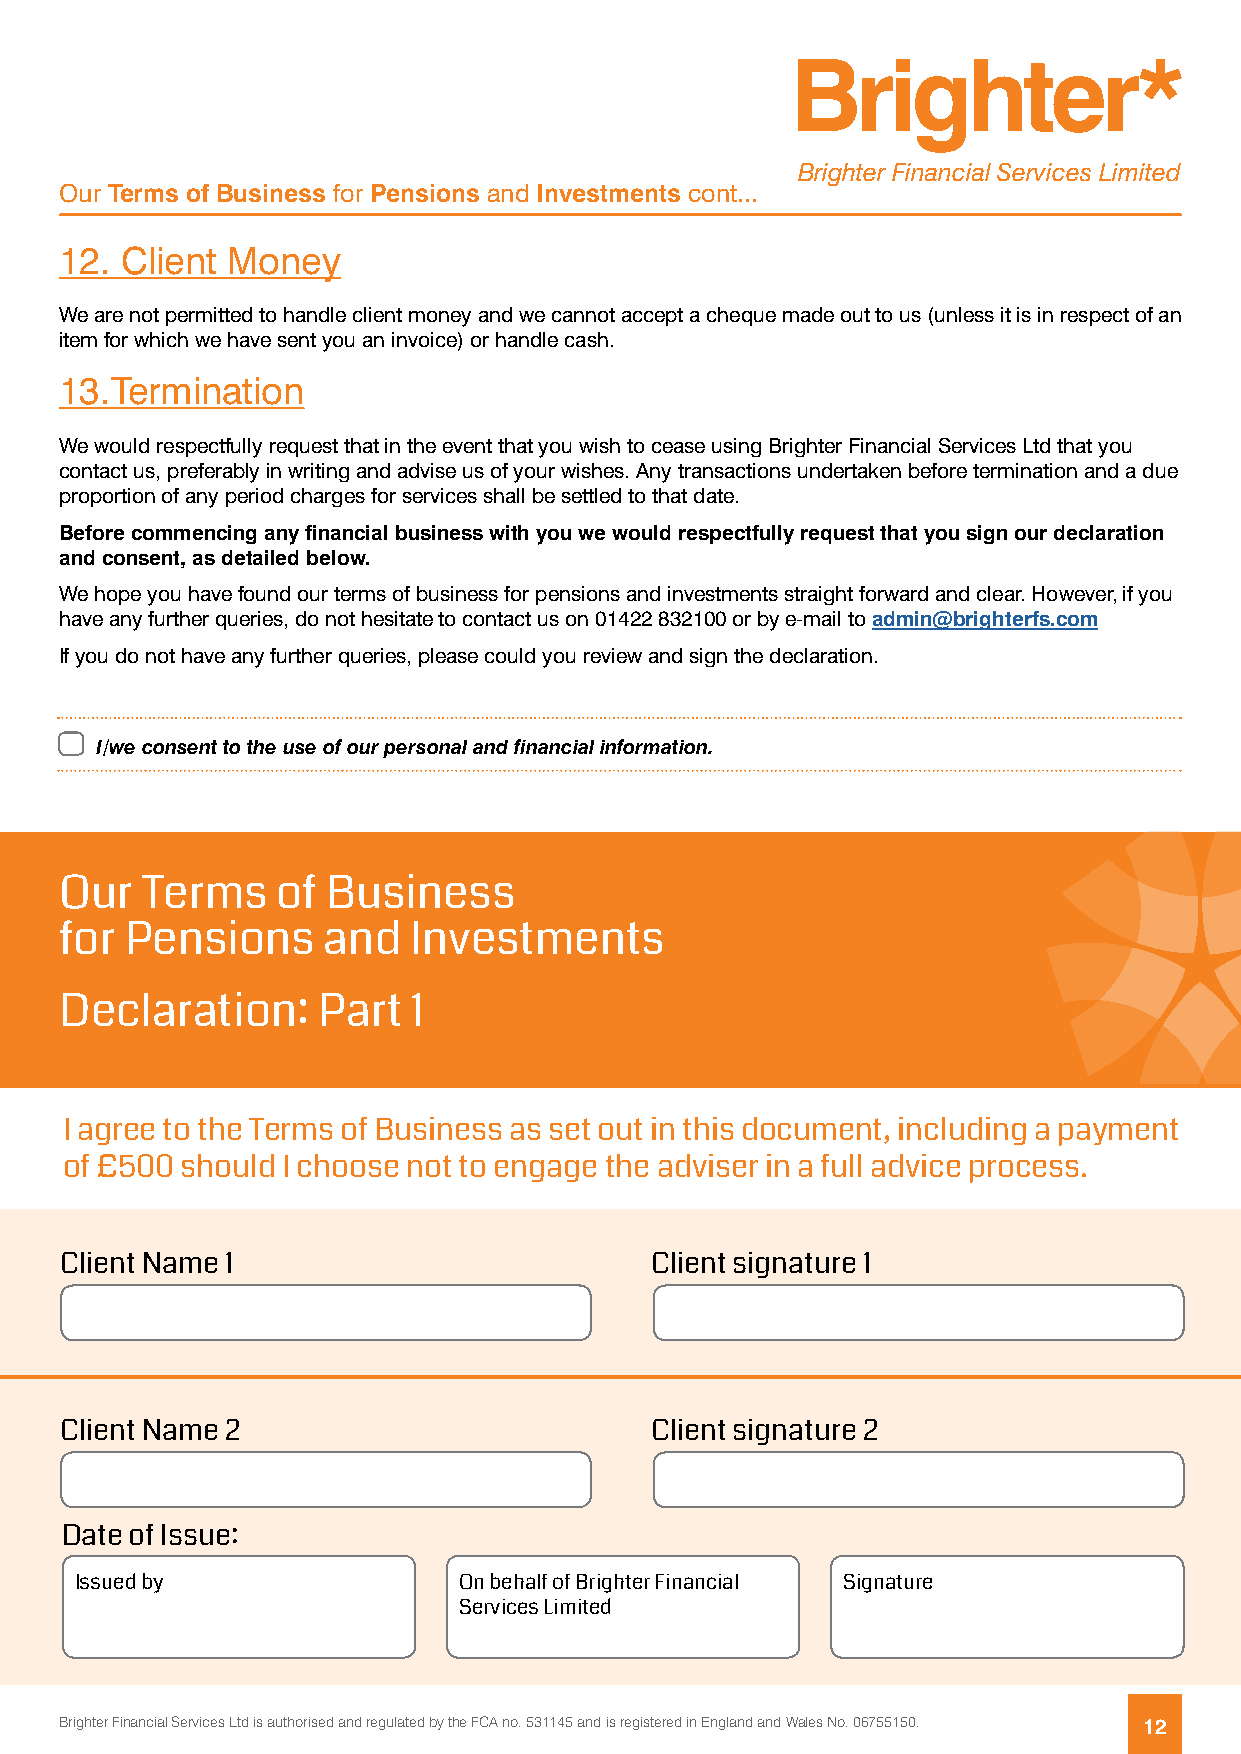
Brighter Financial Services Limited
 Our Terms of Business for Pensions and Investments cont...
 12. Client Money
 We are not permitted to handle client money and we cannot accept a cheque made out to us (unless it is in respect of an
 item for which we have sent you an invoice) or handle cash.
 13.Termination
 We would respectfully request that in the event that you wish to cease using Brighter Financial Services Ltd that you
 contact us, preferably in writing and advise us of your wishes. Any transactions undertaken before termination and a due
 proportion of any period charges for services shall be settled to that date.
 Before commencing any financial business with you we would respectfully request that you sign our declaration
 and consent, as detailed below.
 We hope you have found our terms of business for pensions and investments straight forward and clear. However, if you
 have any further queries, do not hesitate to contact us on 01422 832100 or by e-mail to admin@brighterfs.com
 If you do not have any further queries, please could you review and sign the declaration.
 I/we consent to the use of our personal and financial information.
 Our  Terms    of  Business
 for Pensions     and   Investments
 Declaration:     Part  1
 I agree to the Terms of Business as set out in this document, including a payment
 of £500 should I choose not to engage the adviser in a full advice process.
 Client Name 1                          Client signature 1
 Client Name 2                          Client signature 2
 Date of Issue:
 Issued by                On behalf of Brighter Financial Signature
 Services Limited
 Brighter Financial Services Ltd is authorised and regulated by the FCA no. 531145 and is registered in England and Wales No. 06755150. 12